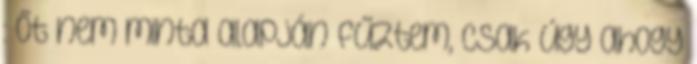
: Őt nem minta alapján fűztem, csak úgy ahogy